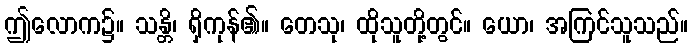
ဤလောက၌။ သန္တိ၊ ရှိကုန်၏။ တေသု၊ ထိုသူတို့တွင်။ ယော၊ အကြင်သူသည်။